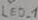
Text: LED_1